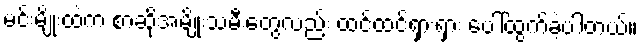
မင်းမျိုးထဲက စာဆိုအမျိုးသမီးတွေလည်း ထင်ထင်ရှားရှား ပေါ်ထွက်ခဲ့ပါတယ်။